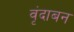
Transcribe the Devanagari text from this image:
वृंदाबन